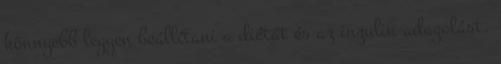
könnyebb legyen beállítani a diétát és az inzulin adagolást.